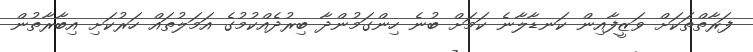
ފަރާތްތަކަށް ވަޒީފާއިން ކަނޑާލާނެ ކަމަށް ބުނެ ހިންގަމުންދާ ބިރުދެއްކުމުގެ އަމަލުތައް ހަރުކަށި އިބާރާތުން